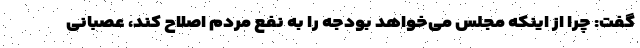
گفت: چرا از اینکه مجلس می‌خواهد بودجه را به نفع مردم اصلاح کند، عصبانی